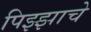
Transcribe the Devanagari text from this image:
पिझ्झाचे